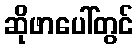
ဆိုဖာပေါ်တွင်